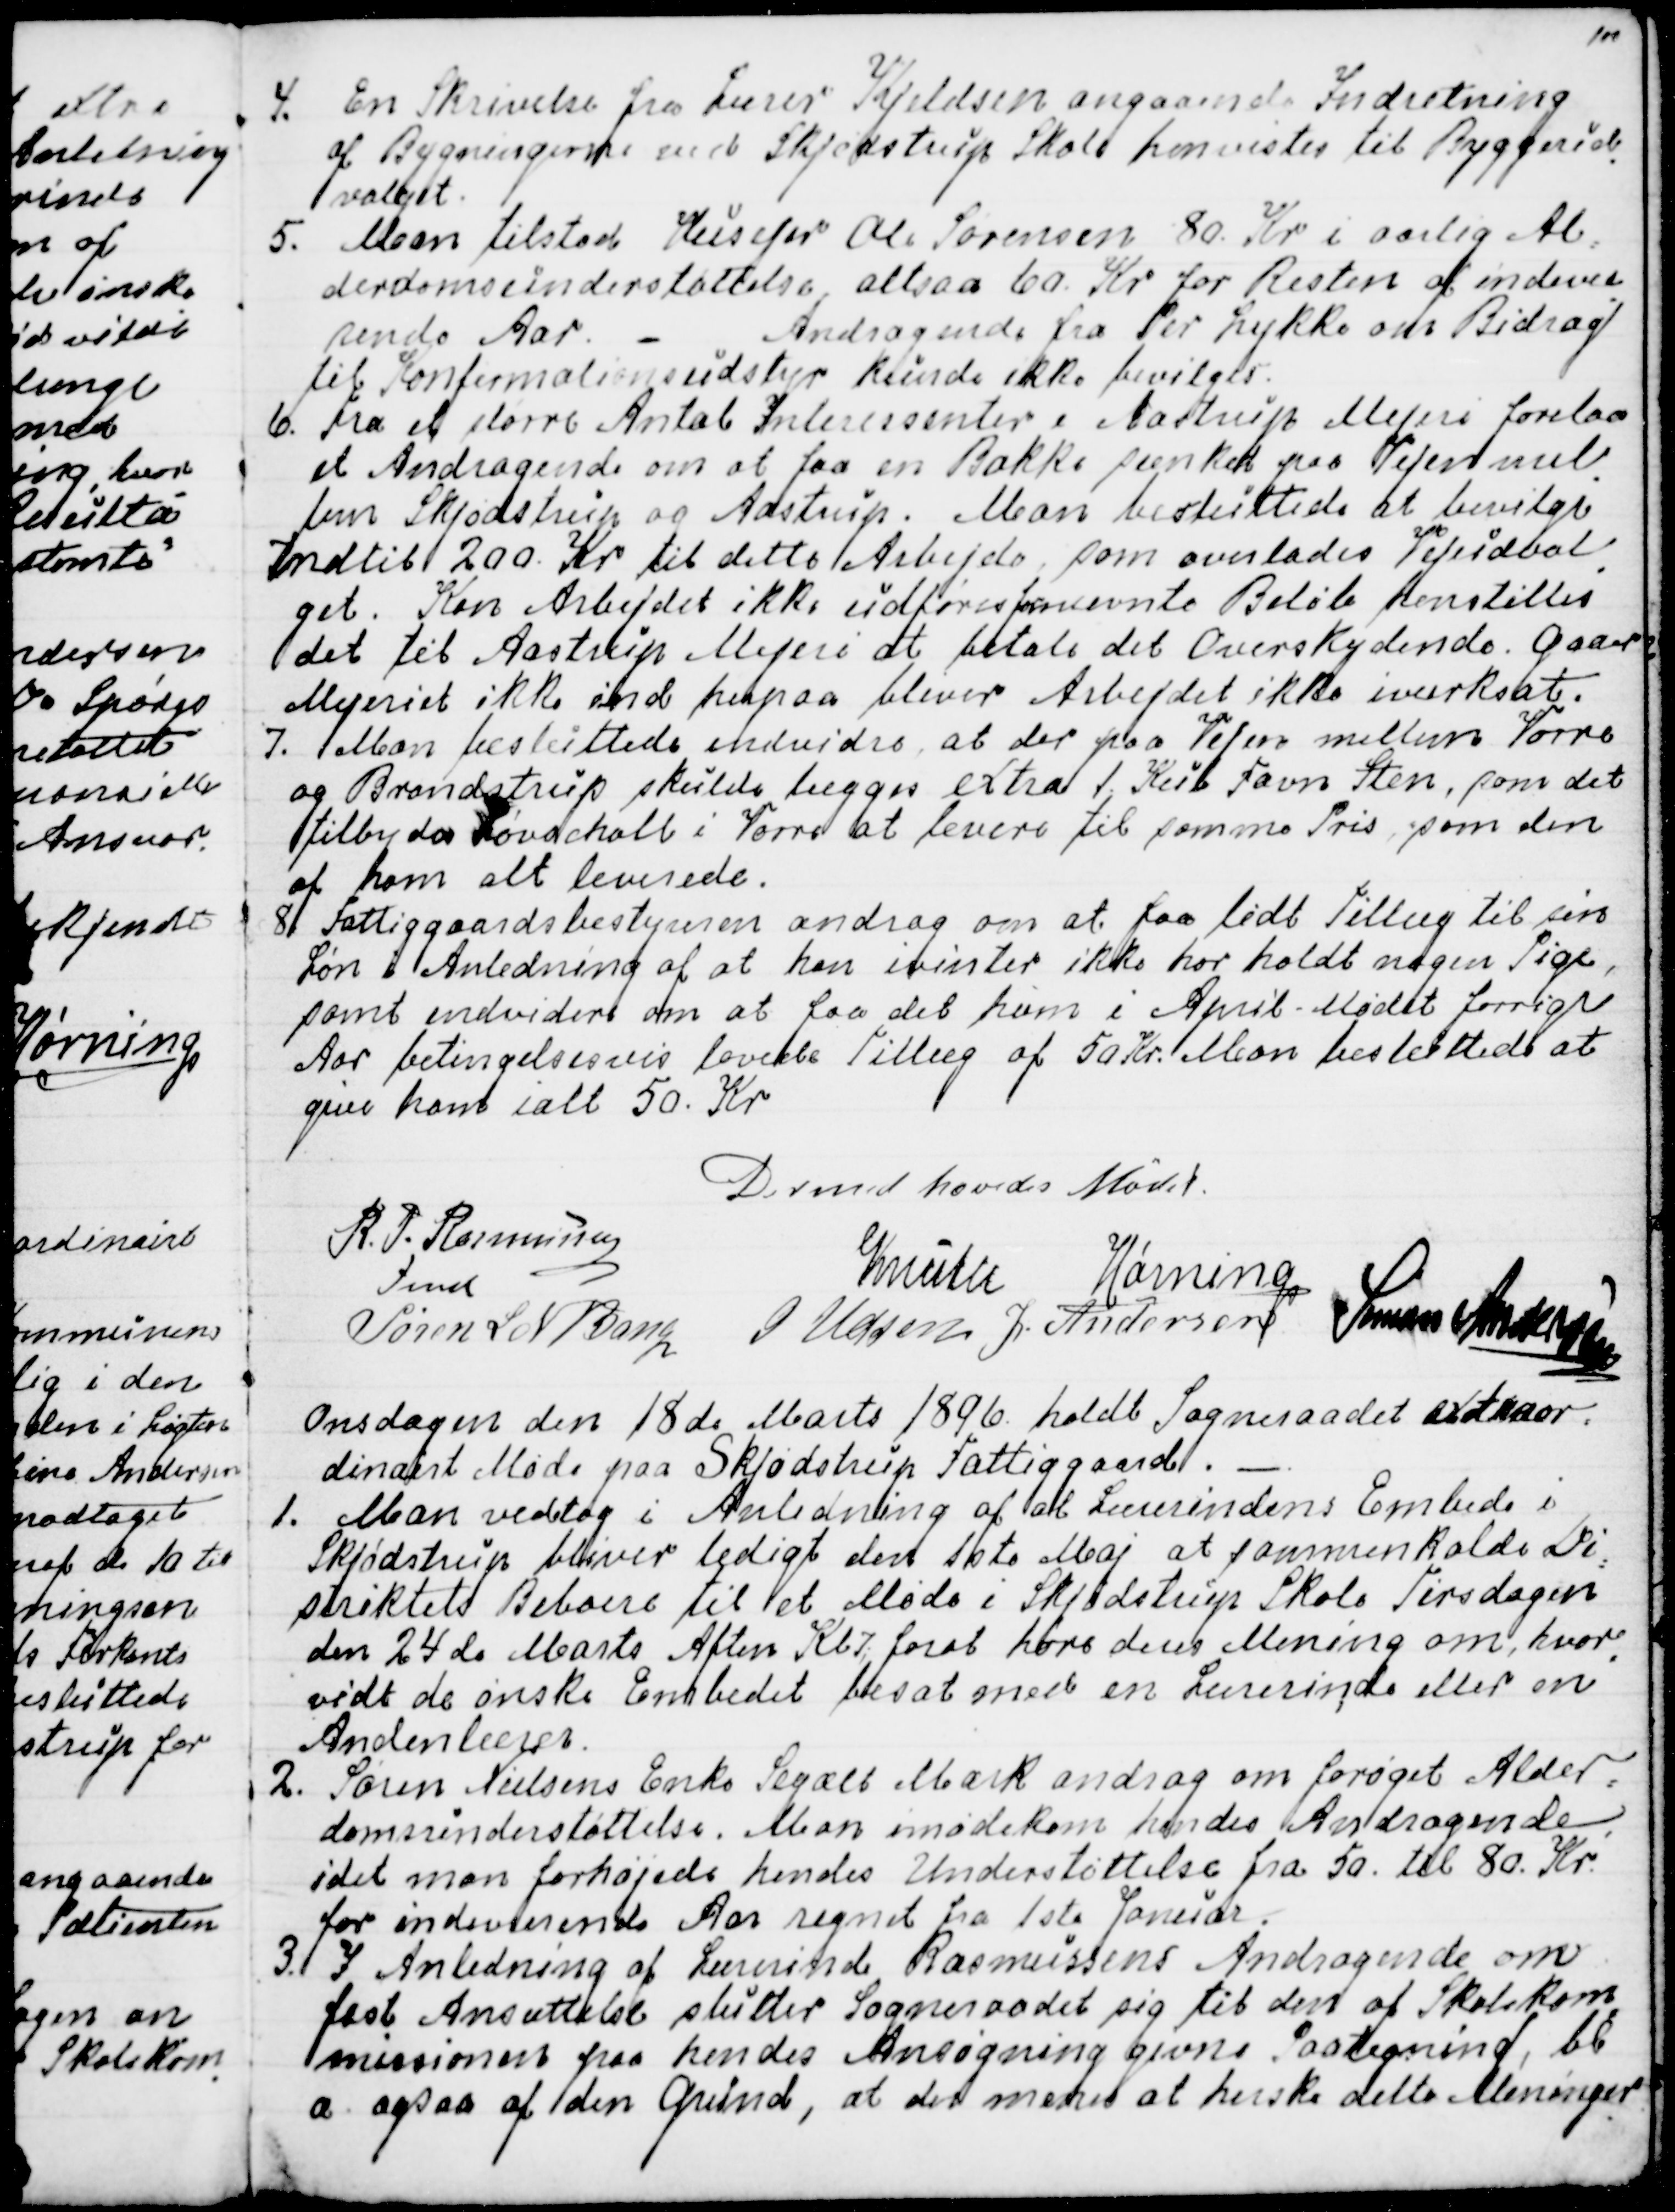
Transskription:
4.  
En Skrivelse fra Lærer Kjeldsen angaaende Indretning
af Bygningerne ved Skjødstrup Skole henvistes til Byggeud
-
valget.
5. Man tilstod Husejer Ole Sørensen 80. Kr i særlig Al=
derdomsunderstøttelse, altsaa 60. Kr for Resten af indevæ
-
rende Aar. 
Andragende fra Per Lykke om Bidrag
til Konfirmationsudstyr kunde ikke bevilges.
6. Fra et større Antal Interessenter i Aastrup Mejeri forelaa
et Andragende om at få en Bakke sænket paa Vejen mel
-
lem Skjødstrup og Aastrup. Man besluttede at bevilge
indtil 200. Kr til dette Arbejde, som overlades Vejudval
-
get. Kan Arbejdet ikke udføres for nævnte Beløb henstilles
det til Aastrup Mejeri at betale det Overskydende. Gaaer
Mejeriet ikke ind herpaa bliver Arbejdet ikke iværksat.
7. Man besluttede endvidere, at der paa Vejen mellem Vorre
og Brandstrup skulle lægges exstra 1 Kub Favn Sten, som det
tilbydes Løvschall i Vorre at levere til samme Pris, som den
af ham alt leverede.
8. Fattiggaardsbestyreren androg om at faa lidt Tillæg til sin
Løn i Anledning af at han ivinter ikke har holdt nogen Pige,
samt endvidere om at faa det ham i April-Mødet forrige
Aar betingelsvis lovede Tillæg af 50 Kr. Man besluttede at
give ham ialt 50. Kr
Dermed hævedes Mødet.
R. P. Rasmussen
Fmd
Knuth
Hørning
Søren L N Bang
J Udsen
J. Andersen
Simon Andersen

Onsdagen den 18de Marts 1896. holdt Sogneraadet extraor=
dinairt Møde paa Skjødstrup Fattiggaard.  
1. Man vedtog i Anledning af at Lærerindens Embede i
Skjødstrup bliver ledigt den 1ste Maj at sammenkalde Di
=
striktets Beboere til et Møde i Skjødstrup Skole Tirsdagen
den 24de Marts Aften Kl 7, for at høre deres Mening om, hvor
-
vidt de ønske Embedet besat med en Lærerinde eller en
Andenlærer.
2. Søren Nielsens Enke Segalt Mark androg om forøget Alder=
domsunderstøttelse. Man imødekom hendes Andragende,
idet man forhøjede hendes Understøttelse fra 50. til 80. Kr.
for indeværende Aar regnet fra 1ste Januar.
3. I Anledning af Lærerinde Rasmussens Andragende om
fast Ansættelse slutter Sogneraadet sig til den af Skolekom
=
missionen paa hendes Ansøgning givne Paategning, bl
a. ogsaa af den Grund, at der menes at herske delte Meninger